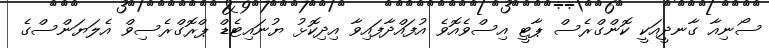
ސޯނިއާ ގާނދީއަކީ ކޮންގްރެސް ޕާޓީ އިސްވެއޮވެ އުފައްދާފައިވާ އިދިކޮޅު ޔުނައިޓެޑް ޕްރޮގްރެސިވް އެލަޔަންސްގެ